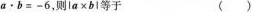
a.b=-6，则la×bl等于 ( )